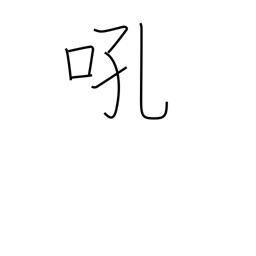
Meaning: bay